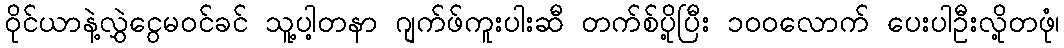
ဝိုင်ယာနဲ့လွှဲငွေမဝင်ခင် သူ့ပါ့တနာ ဂျက်ဖ်ကူးပါးဆီ တက်စ်ပို့ပြီး ၁၀၀လောက် ပေးပါဦးလို့တဖုံ၊